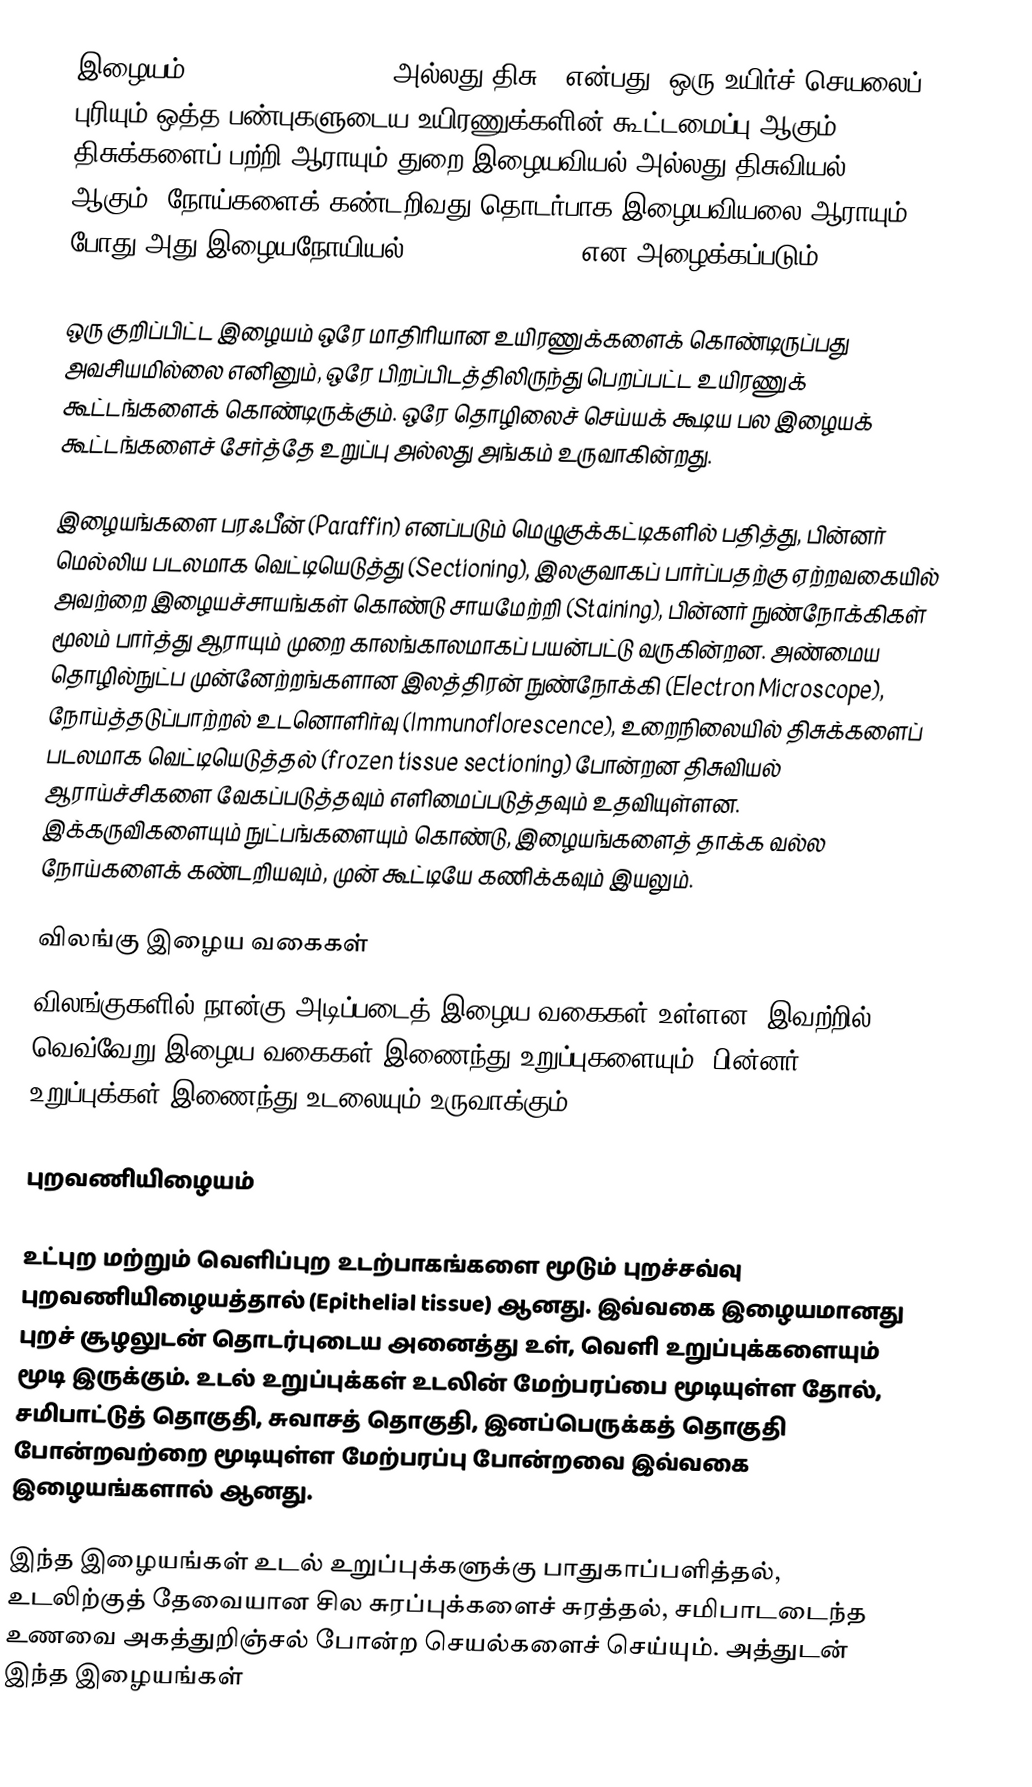
இழையம் (Tissue (biology)) (அல்லது திசு ) என்பது, ஒரு உயிர்ச் செயலைப் புரியும் ஒத்த பண்புகளுடைய உயிரணுக்களின் கூட்டமைப்பு ஆகும். திசுக்களைப் பற்றி ஆராயும் துறை இழையவியல் அல்லது திசுவியல் (Histology) ஆகும். நோய்களைக் கண்டறிவது தொடர்பாக இழையவியலை ஆராயும் போது அது இழையநோயியல் (Histopathology) என அழைக்கப்படும்.

ஒரு குறிப்பிட்ட இழையம் ஒரே மாதிரியான உயிரணுக்களைக் கொண்டிருப்பது அவசியமில்லை எனினும், ஒரே பிறப்பிடத்திலிருந்து பெறப்பட்ட உயிரணுக் கூட்டங்களைக் கொண்டிருக்கும். ஒரே தொழிலைச் செய்யக் கூடிய பல இழையக் கூட்டங்களைச் சேர்த்தே உறுப்பு அல்லது அங்கம் உருவாகின்றது.

இழையங்களை பரஃபீன் (Paraffin) எனப்படும் மெழுகுக்கட்டிகளில் பதித்து, பின்னர் மெல்லிய படலமாக வெட்டியெடுத்து (Sectioning), இலகுவாகப் பார்ப்பதற்கு ஏற்றவகையில் அவற்றை இழையச்சாயங்கள் கொண்டு சாயமேற்றி (Staining), பின்னர் நுண்நோக்கிகள் மூலம் பார்த்து ஆராயும் முறை காலங்காலமாகப் பயன்பட்டு வருகின்றன. அண்மைய தொழில்நுட்ப முன்னேற்றங்களான இலத்திரன் நுண்நோக்கி (Electron Microscope), நோய்த்தடுப்பாற்றல் உடனொளிர்வு (Immunoflorescence), உறைநிலையில் திசுக்களைப் படலமாக வெட்டியெடுத்தல் (frozen tissue sectioning) போன்றன திசுவியல் ஆராய்ச்சிகளை வேகப்படுத்தவும் எளிமைப்படுத்தவும் உதவியுள்ளன. இக்கருவிகளையும் நுட்பங்களையும் கொண்டு, இழையங்களைத் தாக்க வல்ல நோய்களைக் கண்டறியவும், முன் கூட்டியே கணிக்கவும் இயலும்.

விலங்கு இழைய வகைகள்
விலங்குகளில் நான்கு அடிப்படைத் இழைய வகைகள் உள்ளன. இவற்றில் வெவ்வேறு இழைய வகைகள் இணைந்து உறுப்புகளையும், பின்னர் உறுப்புக்கள் இணைந்து உடலையும் உருவாக்கும்.

புறவணியிழையம்

உட்புற மற்றும் வெளிப்புற உடற்பாகங்களை மூடும் புறச்சவ்வு புறவணியிழையத்தால் (Epithelial tissue) ஆனது. இவ்வகை இழையமானது புறச் சூழலுடன் தொடர்புடைய அனைத்து உள், வெளி உறுப்புக்களையும் மூடி இருக்கும். உடல் உறுப்புக்கள் உடலின் மேற்பரப்பை மூடியுள்ள தோல், சமிபாட்டுத் தொகுதி, சுவாசத் தொகுதி, இனப்பெருக்கத் தொகுதி போன்றவற்றை மூடியுள்ள மேற்பரப்பு போன்றவை இவ்வகை இழையங்களால் ஆனது.

இந்த இழையங்கள் உடல் உறுப்புக்களுக்கு பாதுகாப்பளித்தல், உடலிற்குத் தேவையான சில சுரப்புக்களைச் சுரத்தல், சமிபாடடைந்த உணவை அகத்துறிஞ்சல் போன்ற செயல்களைச் செய்யும். அத்துடன் இந்த இழையங்கள்